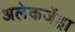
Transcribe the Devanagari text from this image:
अलेकजेंड्रा